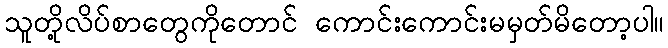
သူတို့လိပ်စာတွေကိုတောင် ကောင်းကောင်းမမှတ်မိတော့ပါ။